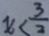
x < \frac { 3 } { 2 }